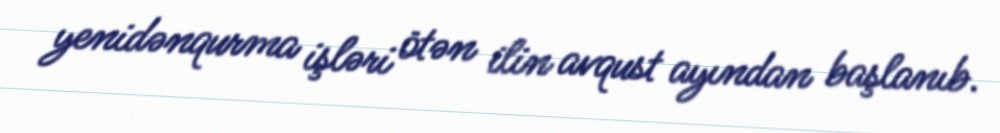
yenidənqurma işləri ötən ilin avqust ayından başlanıb.